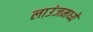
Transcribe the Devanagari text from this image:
लाउंजमध्ये